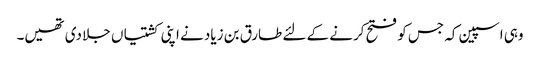
وہی اسپین کہ جس کو فتح کرنے کے لئے طارق بن زیاد نے اپنی کشتیاں جلا دی تھیں۔